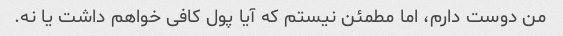
من دوست دارم، اما مطمئن نیستم که آیا پول کافی خواهم داشت یا نه.